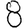
Digit: 8